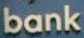
bank